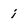
Character: i